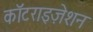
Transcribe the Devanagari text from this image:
कॉटराइज़ेशन